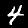
Digit: 4